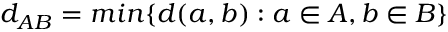
d _ { A B } = m i n \{ d ( a , b ) : a \in A , b \in B \}